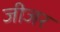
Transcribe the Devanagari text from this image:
जीजर